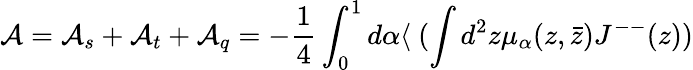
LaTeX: {\cal A}={\cal A}_{s}+{\cal A}_{t}+{\cal A}_{q}=-\frac{1}{4}\int_{0}^{1}d\alpha\langle~(\int d^{2}z\mu_{\alpha}(z,\bar{z})J^{--}(z))